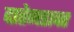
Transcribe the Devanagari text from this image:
दातेगडावर